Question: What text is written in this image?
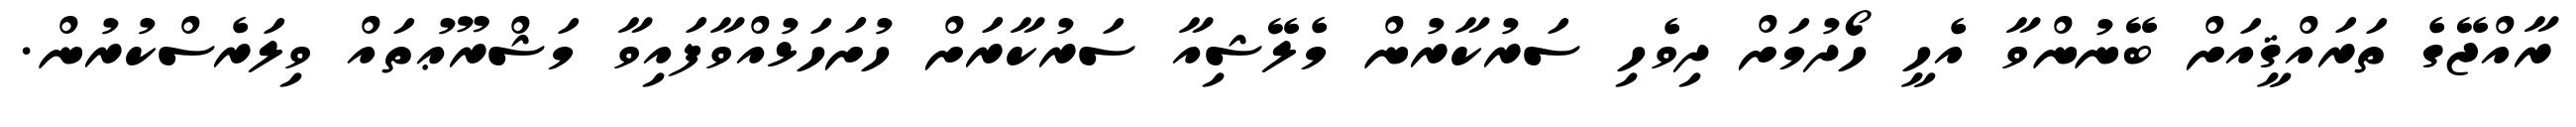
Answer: ރާއްޖޭގެ ތަރައްޤީއަށް ބޭނުންވާ އެހީ ހޯދުމަށް ދިވެހި ސަރުކާރުން މެލޭޝިއާ ސަރުކާރަށް ހުށަހަޅުއްވާފައިވާ މަޝްރޫޢުތައް ވިލަރެސްކުރުން.